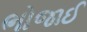
ભોજાઈ